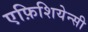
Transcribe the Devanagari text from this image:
एफ़िशियेन्सी